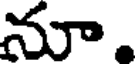
నూ.